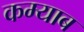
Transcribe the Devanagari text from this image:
कम्याब